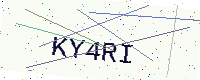
Text: KY4RI